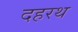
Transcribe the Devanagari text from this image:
दहरथ